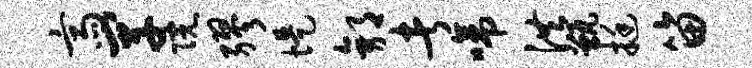
斋罕院缪堤郭者啼洪甑挺笛